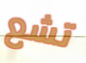
تشع